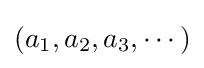
(a_{1},a_{2},a_{3},\cdots )